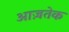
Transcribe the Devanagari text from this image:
आज़तेक